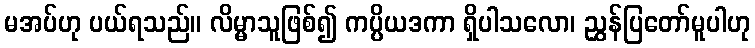
မအပ်ဟု ပယ်ရသည်။ လိမ္မာသူဖြစ်၍ ကပ္ပိယဒကာ ရှိပါသလော၊ ညွှန်ပြတော်မူပါဟု